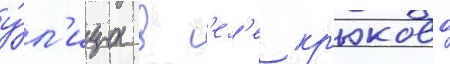
у́л'ица в с'ел'е кр'юково